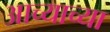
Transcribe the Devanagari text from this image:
आच्याच्या